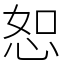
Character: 恕